Mental hospitals Bombay report 1929-33 - 1929-1933
Year: 1929
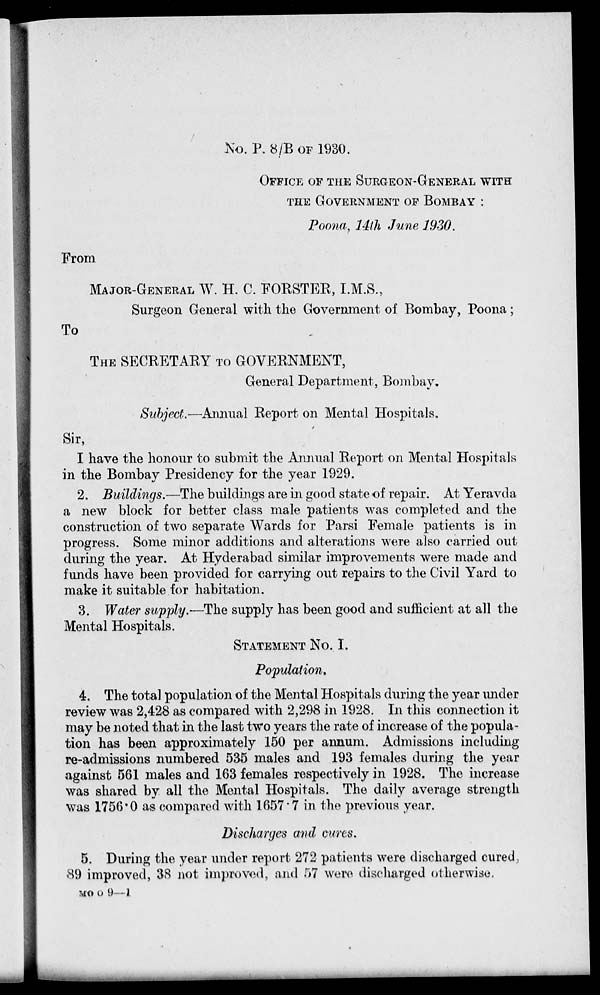
No. P. 8/B OF 1930.
OFFICE OF THE SURGEON-GENERAL WITH
THE GOVERNMENT OF BOMBAY :
Poona, 14th June 1930.
From
MAJOR-GENERAL W. H. C. FORSTER, I.M.S.,
Surgeon General with the Government of Bombay, Poona;
To
THE SECRETARY TO GOVERNMENT,
General Department, Bombay.
Subject.—Annual Report on Mental Hospitals.
Sir,
I have the honour to submit the Annual Report on Mental Hospitals
in the Bombay Presidency for the year 1929.
2. Buildings.—The buildings are in good state of repair. At Yeravda
a new block for better class male patients was completed and the
construction of two separate Wards for Parsi Female patients is in
progress. Some minor additions and alterations were also carried out
during the year. At Hyderabad similar improvements were made and
funds have been provided for carrying out repairs to the Civil Yard to
make it suitable for habitation.
3. Water supply.—The supply has been good and sufficient at all the
Mental Hospitals.
STATEMENT NO. I.
Population.
4. The total population of the Mental Hospitals during the year under
review was 2,428 as compared with 2,298 in 1928. In this connection it
may be noted that in the last two years the rate of increase of the popula-
tion has been approximately 150 per annum. Admissions including
re-admissions numbered 535 males and 193 females during the year
against 561 males and 163 females respectively in 1928. The increase
was shared by all the Mental Hospitals. The daily average strength
was 1756.0 as compared with 1657.7 in the previous year.
Discharges and cures.
5. During the year under report 272 patients were discharged cured,
89 improved, 38 not improved, and 57 were discharged otherwise.
MO O 9—l